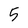
Character: 5